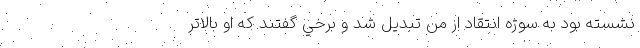
نشسته بود به سوژه انتقاد از من تبديل شد و برخي گفتند كه او بالاتر